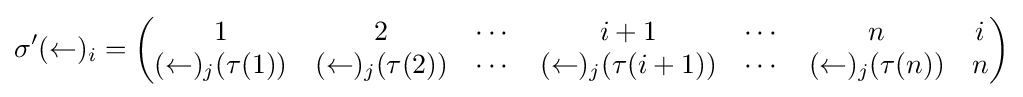
\sigma '(\leftarrow )_{i}={\begin{pmatrix}1&2&\cdots &i+1&\cdots &n&i\\(\leftarrow )_{j}(\tau (1))&(\leftarrow )_{j}(\tau (2))&\cdots &(\leftarrow )_{j}(\tau (i+1))&\cdots &(\leftarrow )_{j}(\tau (n))&n\end{pmatrix}}